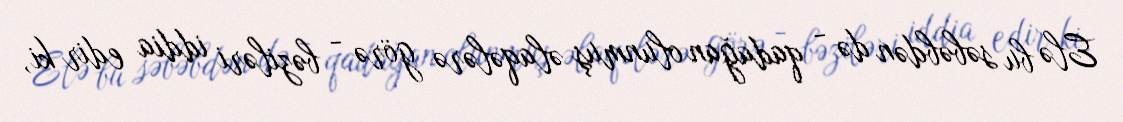
Elə bu səbəbdən də - qadağan olunmuş əlaqələrə görə - bəziləri iddia edir ki,